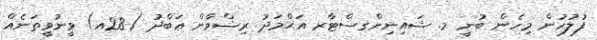
ފުލުހުން މިހެން ބުނީ މ. ޝައިނިންގސްޓާރ އަޙްމަދު ރިޟްވާން ޢަބްދު (28އ) ވީނުވީތަނެއް